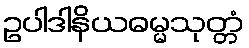
ဥပါဒါနိယဓမ္မသုတ္တံ